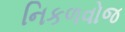
નિકળવોજ